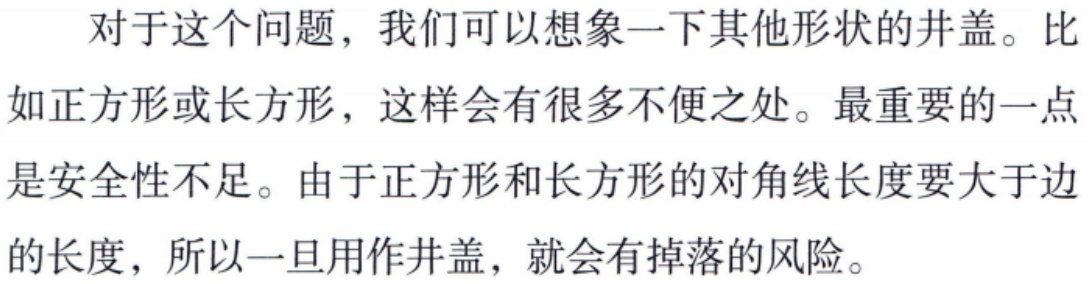
对于这个问题，我们可以想象一下其他形状的井盖。比如正方形或长方形，这样会有很多不便之处。最重要的一点是安全性不足。由于正方形和长方形的对角线长度要大于边的长度，所以一旦用作井盖，就会有掉落的风险。